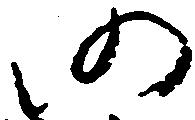
仍